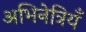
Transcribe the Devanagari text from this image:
अभिनेत्रियँ